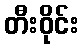
တီးဝိုင်း